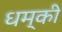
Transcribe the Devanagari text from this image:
धम्की